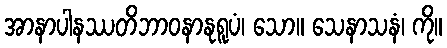
အာနာပါနဿတိဘာဝနာနုရူပံ၊ သော။ သေနာသနံ၊ ကို။